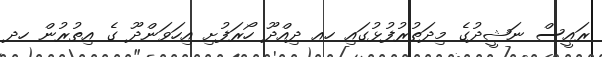
ރައީސް ނަޝީދުގެ މިދަތުރުފުޅުގައި ހއ ދިއްދޫ ހޯރަފުށި އިހަވަންދޫ ގެ އިތުރުން ހދ